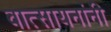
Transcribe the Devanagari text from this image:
वात्सायनांनी